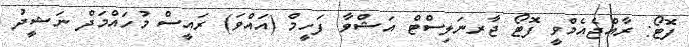
ފޮޓޯ: ރާއްޖެއެމްވީ ފޮޓޯ ޖާރނަލިސްޓް އަޝްވާ ފަހީމް (އައްވަ) ރައީސް މުހައްމަދް ނަޝީދު